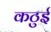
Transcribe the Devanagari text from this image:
कठुई